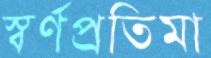
স্বর্ণপ্রতিমা